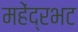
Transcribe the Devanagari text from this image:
महेंद्रभट